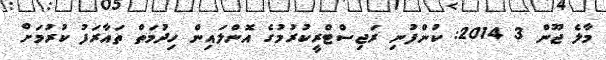
މާލެ ޖޫން 3 2014: ކުންފުނި ރަޖިސްޓްރީކުރުމުގެ އޮންލައިން ހިދުމަތް ތައާރަފު ކުރުމަށް